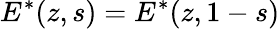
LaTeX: E^{*}(z,s)=E^{*}(z,1-s)